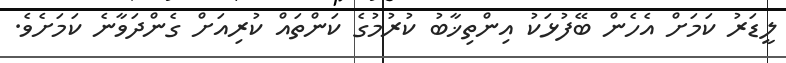
ލީޑަރު ކަމަށް އެހެން ބޭފުޅަކު އިންތިޚާބު ކުރުމުގެ ކަންތައް ކުރިއަށް ގެންދަވާނެ ކަމަށެވެ.